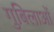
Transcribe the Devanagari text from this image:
गुबिलाओं